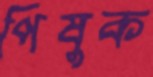
পিষুক